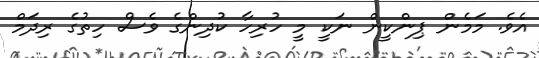
އެވެ. މަމެން ޕިންކީން ނަކީ މީ ހުރިހާ ކުދިންގެ ވެސް ހިތުގެ ރިދަމް